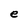
Character: e